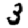
Digit: 3